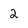
Character: 2